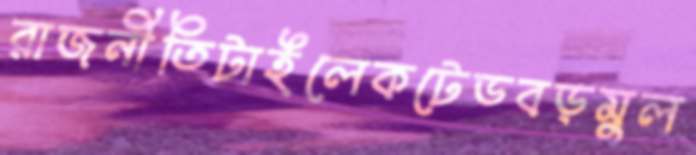
রাজনীতিটাইলেকটেডবড়মুল